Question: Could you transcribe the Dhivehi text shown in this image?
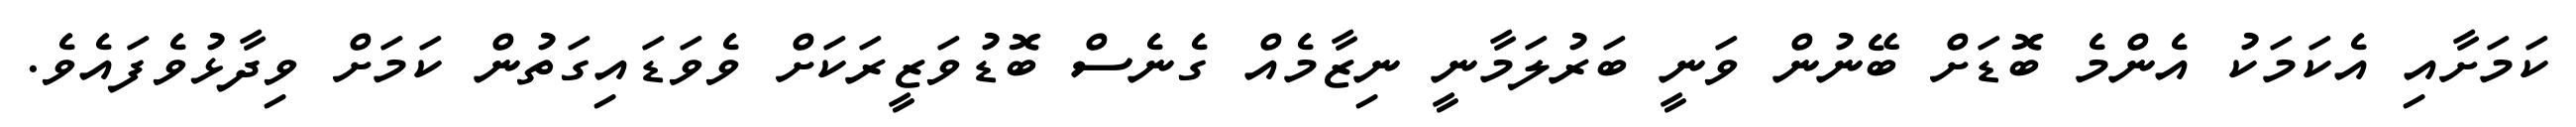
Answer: ކަމަށާއި އެކަމަކު އެންމެ ބޮޑަށް ބޭނުން ވަނީ ބަރުލަމާނީ ނިޒާމެއް ގެނެސް ބޮޑުވަޒީރަކަށް ވެވަޑައިގަތުން ކަމަށް ވިދާޅުވެފައެވެ.